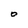
Character: 0